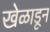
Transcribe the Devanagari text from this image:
खेळाडून